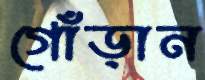
গোঁড়ান